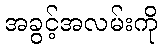
အခွင့်အလမ်းကို